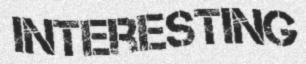
INTERESTING